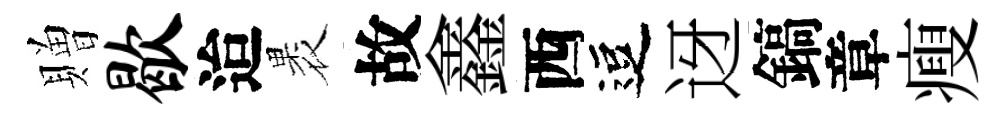
贈歇迨褁故鑫西逗迓鎬章瘦